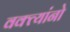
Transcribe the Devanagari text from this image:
वक्त्यांनो